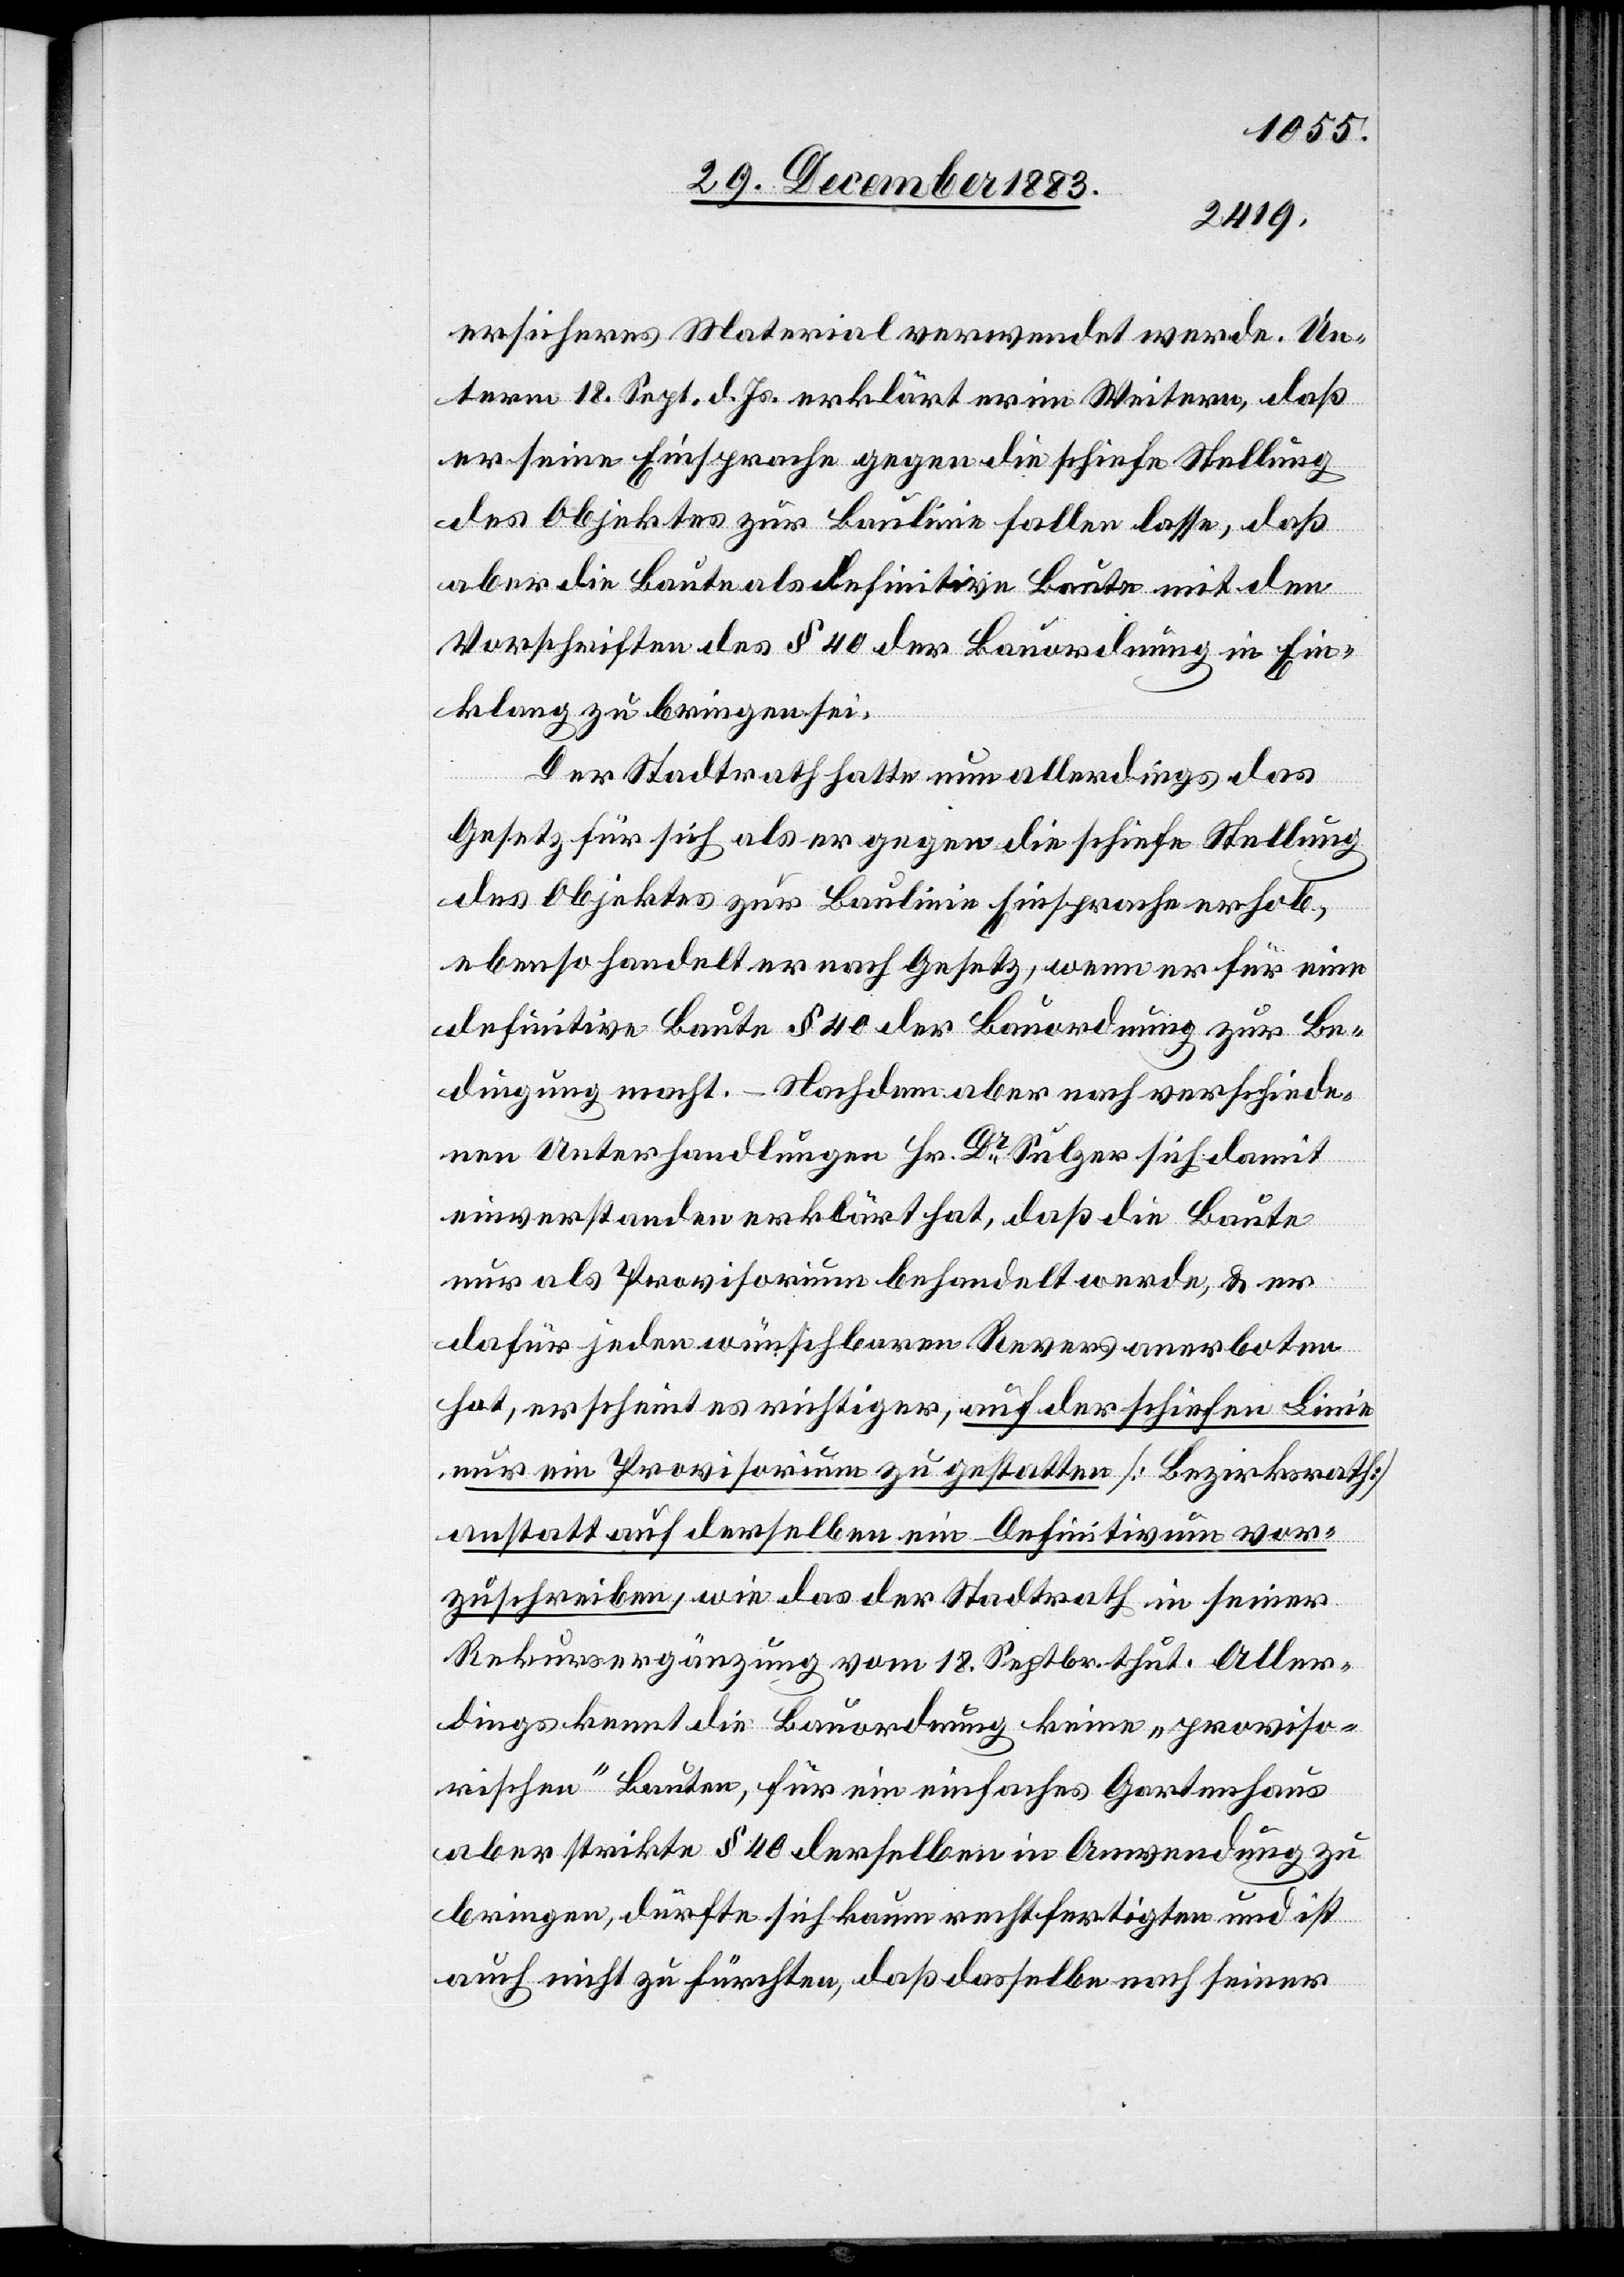
ersicheres Material verwendet werde. Un¬
term 18. Sept. d. Js. erklärt er im Weitern, daß
er seine Einsprache gegen die schiefe Stellung
des Objektes zur Baulinie fallen lasse, daß
aber die Baute als definitive Baute mit den
Vorschriften des § 40 der Bauordnung in Ein¬
klang zu bringen sei.
Der Stadtrath hatte nun allerdings das
Gesetz für sich als er gegen die schiefe Stellung
des Objektes zur Baulinie Einsprache erhob,
ebenso handelt er nach Gesetz, wem er für eine
definitive Baute § 40 der Bauordnung zur Be¬
dingung macht. – Nachdem aber nach verschiede¬
nen Unterhandlungen Hr. Dr Sulzer sich damit
einverstanden erklärt hat, daß die Baute
nur als Provisorium behandelt werde, & er
dafür jeden wünschbaren Revers anerboten
hat, erscheint es richtiger, auf der schiefen Linie
nur ein Provisorium zu gestatten [Bezirksrath]
anstatt auf derselben ein Defintivum vor¬
zuschreiben, wie das der Stadtrath in seiner
Rekursergänzung vom 18. Septbr. thut. Aller¬
dings kennt die Bauordnung keine „proviso¬
rischen“ Bauten, für ein einfaches Gartenhaus
aber strikte § 40 derselben in Anwendung zu
bringen, dürfte sich kaum rechtfertigen und ist
auch nicht zu fürchten, daß dasselbe nach seiner